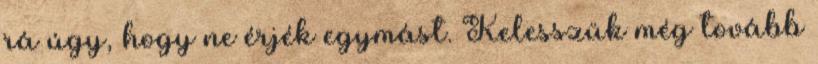
rá úgy, hogy ne érjék egymást. Kelesszük még tovább